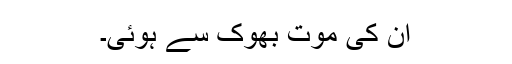
ان کی موت بھوک سے ہوئی۔